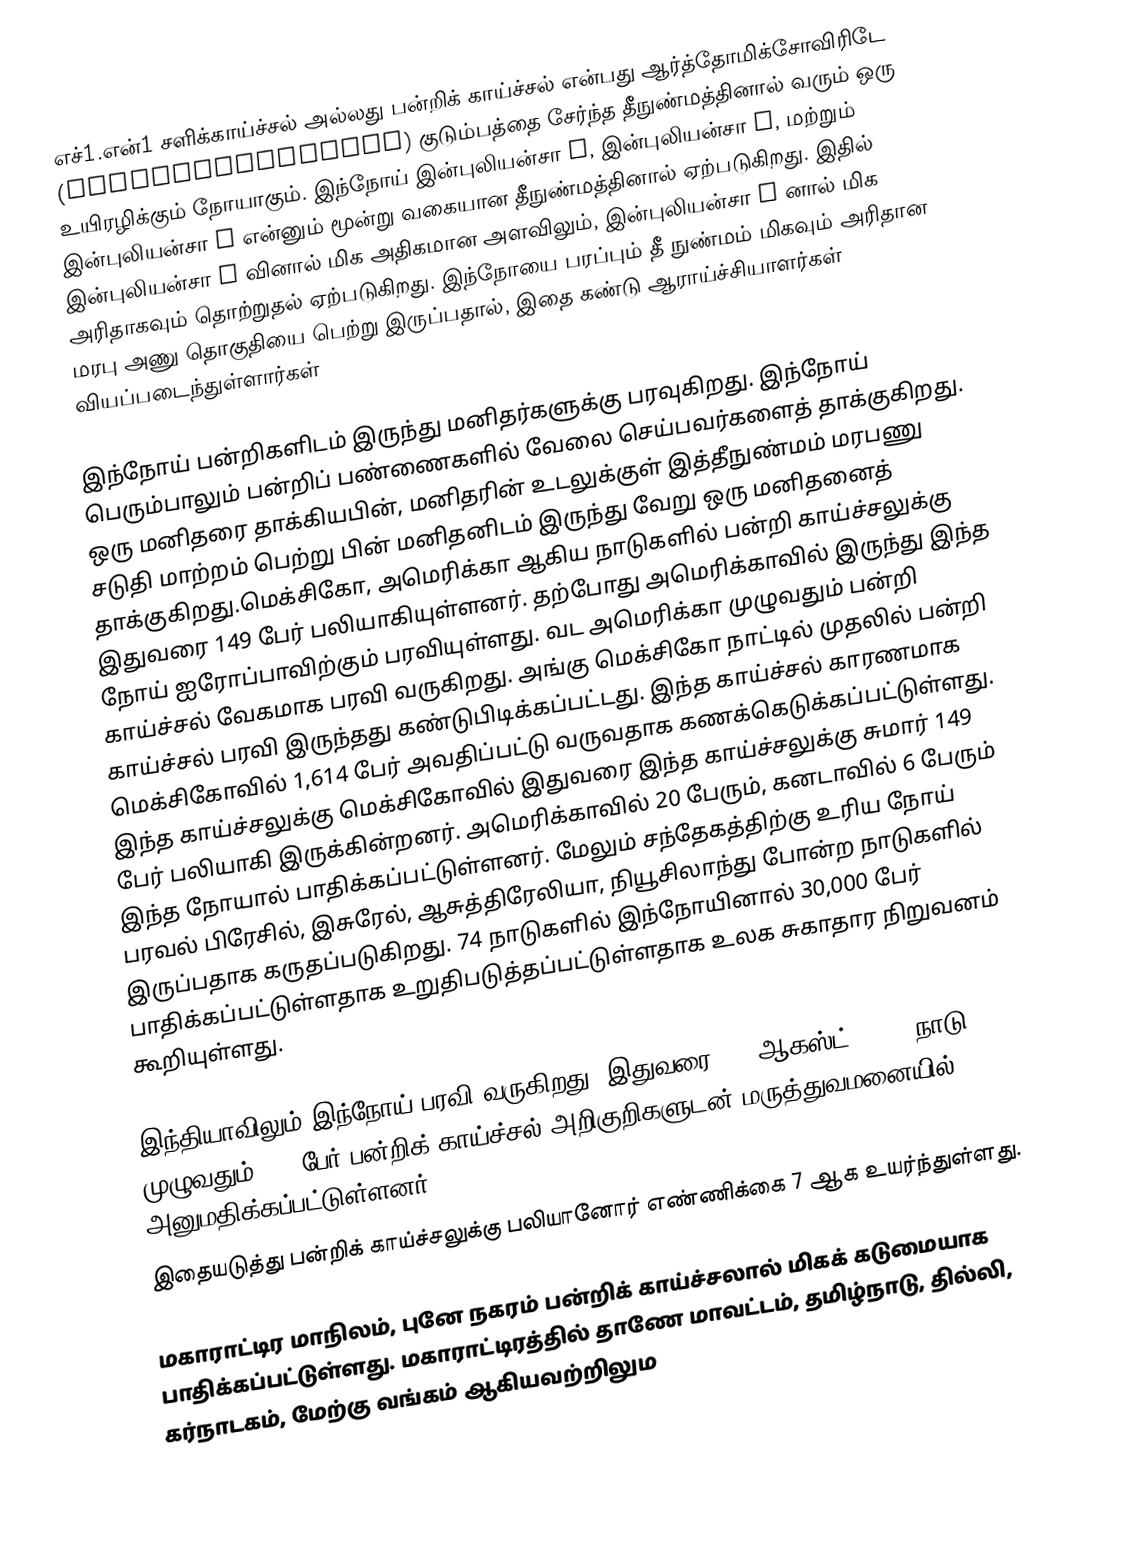
எச்1.என்1 சளிக்காய்ச்சல் அல்லது பன்றிக் காய்ச்சல் என்பது ஆர்த்தோமிக்சோவிரிடே (Orthomyxoviridae) குடும்பத்தை சேர்ந்த தீநுண்மத்தினால் வரும் ஒரு உயிரழிக்கும் நோயாகும். இந்நோய் இன்புலியன்சா A, இன்புலியன்சா B, மற்றும் இன்புலியன்சா C என்னும் மூன்று வகையான தீநுண்மத்தினால் ஏற்படுகிறது. இதில் இன்புலியன்சா A வினால் மிக அதிகமான அளவிலும், இன்புலியன்சா C னால் மிக அரிதாகவும் தொற்றுதல் ஏற்படுகிறது. இந்நோயை பரப்பும் தீ நுண்மம் மிகவும் அரிதான மரபு அணு தொகுதியை பெற்று இருப்பதால், இதை கண்டு ஆராய்ச்சியாளர்கள் வியப்படைந்துள்ளார்கள்

இந்நோய் பன்றிகளிடம் இருந்து மனிதர்களுக்கு பரவுகிறது. இந்நோய் பெரும்பாலும் பன்றிப் பண்ணைகளில் வேலை செய்பவர்களைத் தாக்குகிறது. ஒரு மனிதரை தாக்கியபின், மனிதரின் உடலுக்குள் இத்தீநுண்மம் மரபணு சடுதி மாற்றம் பெற்று பின் மனிதனிடம் இருந்து வேறு ஒரு மனிதனைத் தாக்குகிறது.மெக்சிகோ, அமெரிக்கா ஆகிய நாடுகளில் பன்றி காய்ச்சலுக்கு இதுவரை 149 பேர் பலியாகியுள்ளனர். தற்போது அமெரிக்காவில் இருந்து இந்த நோய் ஐரோப்பாவிற்கும் பரவியுள்ளது. வட அமெரிக்கா முழுவதும் பன்றி காய்ச்சல் வேகமாக பரவி வருகிறது. அங்கு மெக்சிகோ நாட்டில் முதலில் பன்றி காய்ச்சல் பரவி இருந்தது கண்டுபிடிக்கப்பட்டது. இந்த காய்ச்சல் காரணமாக மெக்சிகோவில் 1,614 பேர் அவதிப்பட்டு வருவதாக கணக்கெடுக்கப்பட்டுள்ளது. இந்த காய்ச்சலுக்கு மெக்சிகோவில் இதுவரை இந்த காய்ச்சலுக்கு சுமார் 149 பேர் பலியாகி இருக்கின்றனர். அமெரிக்காவில் 20 பேரும், கனடாவில் 6 பேரும் இந்த நோயால் பாதிக்கப்பட்டுள்ளனர். மேலும் சந்தேகத்திற்கு உரிய நோய் பரவல் பிரேசில், இசுரேல், ஆசுத்திரேலியா, நியூசிலாந்து போன்ற நாடுகளில் இருப்பதாக கருதப்படுகிறது. 74 நாடுகளில் இந்நோயினால் 30,000 பேர் பாதிக்கப்பட்டுள்ளதாக உறுதிபடுத்தப்பட்டுள்ளதாக உலக சுகாதார நிறுவனம் கூறியுள்ளது.

இந்தியாவிலும் இந்நோய் பரவி வருகிறது. இதுவரை (11 ஆகஸ்ட்,2009)  நாடு முழுவதும் 959 பேர் பன்றிக் காய்ச்சல் அறிகுறிகளுடன் மருத்துவமனையில் அனுமதிக்கப்பட்டுள்ளனர்.
இதையடுத்து பன்றிக் காய்ச்சலுக்கு பலியானோர் எண்ணிக்கை 7 ஆக உயர்ந்துள்ளது.

மகாராட்டிர மாநிலம், புனே நகரம் பன்றிக் காய்ச்சலால் மிகக் கடுமையாக பாதிக்கப்பட்டுள்ளது. மகாராட்டிரத்தில் தாணே மாவட்டம், தமிழ்நாடு, தில்லி, கர்நாடகம், மேற்கு வங்கம் ஆகியவற்றிலும